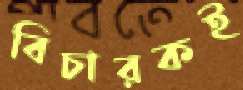
বিচারকই